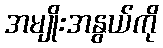
အမျိုးအနွယ်ကို